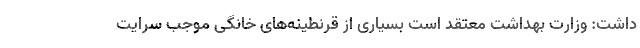
داشت: وزارت بهداشت معتقد است بسیاری از قرنطینه‌های خانگی موجب سرایت